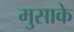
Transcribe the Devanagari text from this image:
मुसाके